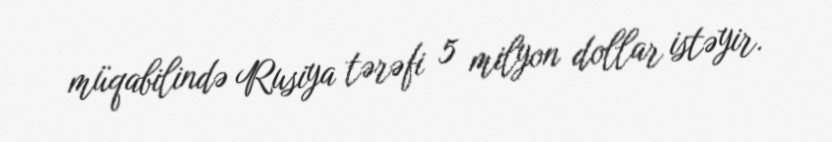
müqabilində Rusiya tərəfi 5 milyon dollar istəyir.